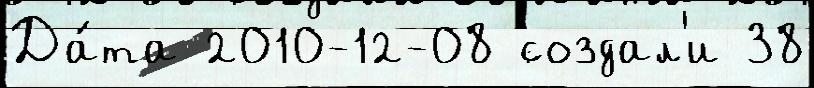
Да́та 2010-12-08 создал'и 38